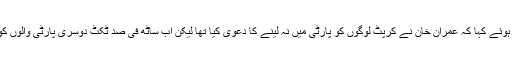
خورشید شاہ نے پی ٹی آئی چیئرمین پر تنقید کرتے ہوئے کہا کہ عمران خان نے کرپٹ لوگوں کو پارٹی میں نہ لینے کا دعویٰ کیا تھا لیکن اب ساٹھ فی صد ٹکٹ دوسری پارٹی والوں کو دیے، ان کے یو ٹرنز سے ہمارا سر گھوم گیا ہے۔